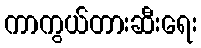
ကာကွယ်တားဆီးရေး